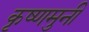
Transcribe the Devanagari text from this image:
कृष्णमुनी